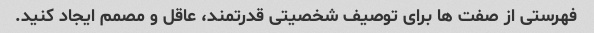
فهرستی از صفت ها برای توصیف شخصیتی قدرتمند، عاقل و مصمم ایجاد کنید.